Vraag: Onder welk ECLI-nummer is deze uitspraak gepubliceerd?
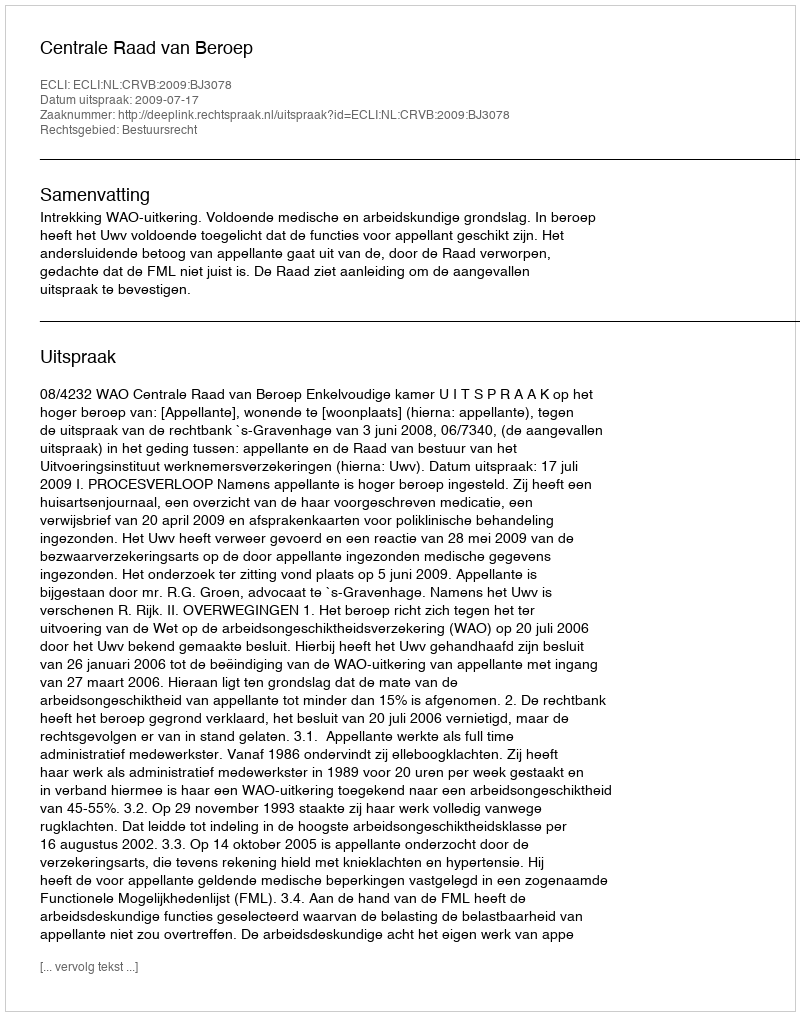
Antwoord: ECLI:NL:CRVB:2009:BJ3078